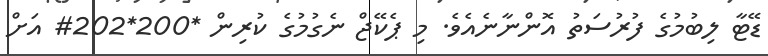
ޑޭޓާ ލިބުމުގެ ފުރުސަތު އޮންނާނެއެވެ. މި ޕެކޭޖް ނެގުމުގެ ކުރިން *200*202# އަށް